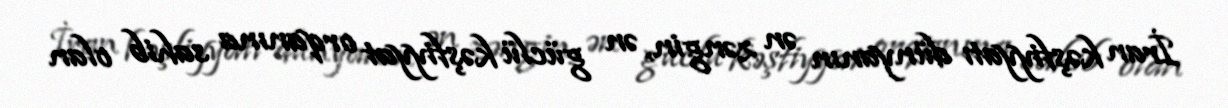
İran kəşfiyyatı dünyanın ən zəngin, ən güclü kəşfiyyat orqanına sahib olan